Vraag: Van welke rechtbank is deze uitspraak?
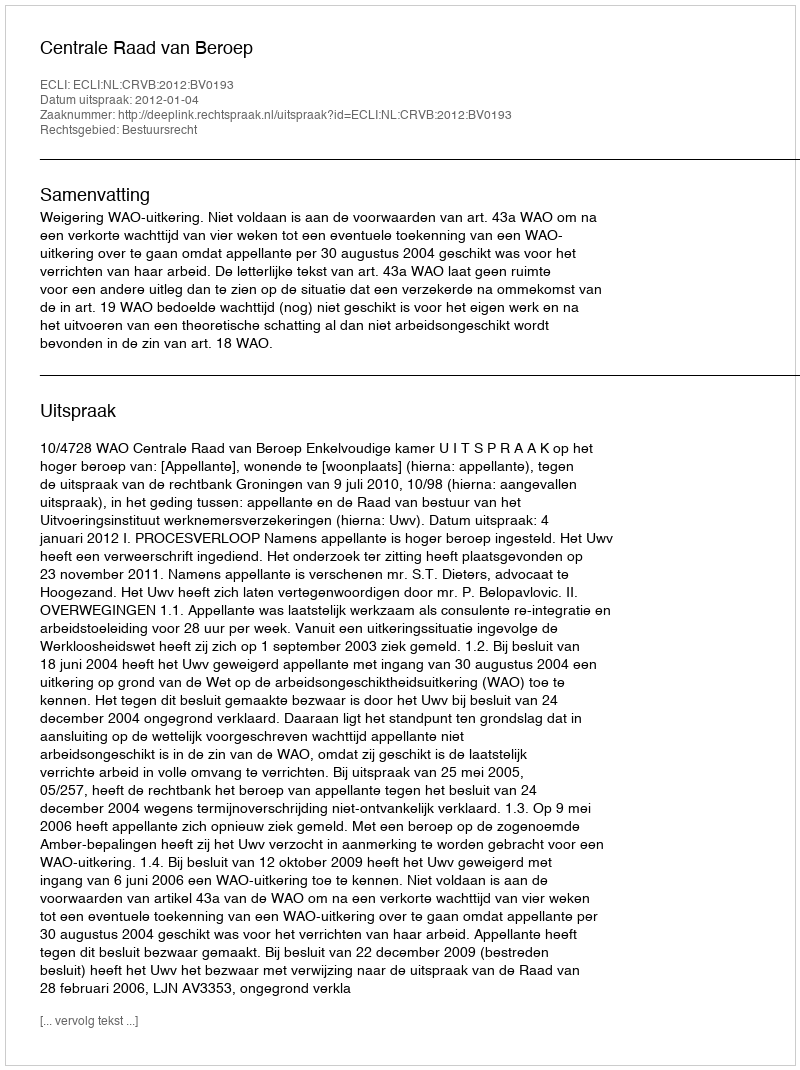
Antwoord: Centrale Raad van Beroep